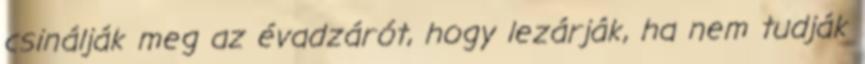
csinálják meg az évadzárót, hogy lezárják, ha nem tudják